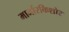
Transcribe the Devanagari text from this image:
मार्जारकिशोर